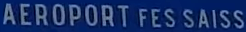
AEROPORT FES SAISS